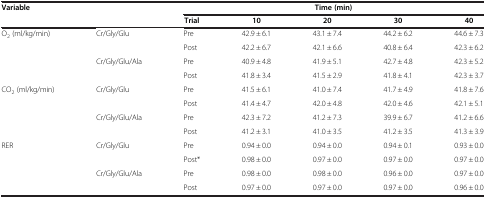
<table><thead><tr><td><b>Variable</b></td><td><b> </b></td><td colspan="5"><b>Time (min)</b></td></tr><tr><td><b> </b></td><td><b> </b></td><td><b>Trial</b></td><td><b>10</b></td><td><b>20</b></td><td><b>30</b></td><td><b>40</b></td></tr></thead><tbody><tr><td>O<sub>2</sub> (ml/kg/min)</td><td>Cr/Gly/Glu</td><td>Pre</td><td>42.9 ± 6.1</td><td>43.1 ± 7.4</td><td>44.2 ± 6.2</td><td>44.6 ± 7.3</td></tr><tr><td> </td><td> </td><td>Post</td><td>42.2 ± 6.7</td><td>42.1 ± 6.6</td><td>40.8 ± 6.4</td><td>42.3 ± 6.2</td></tr><tr><td> </td><td>Cr/Gly/Glu/Ala</td><td>Pre</td><td>40.9 ± 4.8</td><td>41.9 ± 5.1</td><td>42.7 ± 4.8</td><td>42.3 ± 5.2</td></tr><tr><td> </td><td> </td><td>Post</td><td>41.8 ± 3.4</td><td>41.5 ± 2.9</td><td>41.8 ± 4.1</td><td>42.3 ± 3.7</td></tr><tr><td>CO<sub>2</sub> (ml/kg/min)</td><td>Cr/Gly/Glu</td><td>Pre</td><td>41.5 ± 6.1</td><td>41.0 ± 7.4</td><td>41.7 ± 4.9</td><td>41.8 ± 7.6</td></tr><tr><td> </td><td> </td><td>Post</td><td>41.4 ± 4.7</td><td>42.0 ± 4.8</td><td>42.0 ± 4.6</td><td>42.1 ± 5.1</td></tr><tr><td> </td><td>Cr/Gly/Glu/Ala</td><td>Pre</td><td>42.3 ± 7.2</td><td>41.2 ± 7.3</td><td>39.9 ± 6.7</td><td>41.2 ± 6.6</td></tr><tr><td> </td><td> </td><td>Post</td><td>41.2 ± 3.1</td><td>41.0 ± 3.5</td><td>41.2 ± 3.5</td><td>41.3 ± 3.9</td></tr><tr><td>RER</td><td>Cr/Gly/Glu</td><td>Pre</td><td>0.94 ± 0.0</td><td>0.94 ± 0.0</td><td>0.94 ± 0.1</td><td>0.93 ± 0.0</td></tr><tr><td> </td><td> </td><td>Post*</td><td>0.98 ± 0.0</td><td>0.97 ± 0.0</td><td>0.97 ± 0.0</td><td>0.97 ± 0.0</td></tr><tr><td> </td><td>Cr/Gly/Glu/Ala</td><td>Pre</td><td>0.98 ± 0.0</td><td>0.98 ± 0.0</td><td>0.96 ± 0.0</td><td>0.97 ± 0.0</td></tr><tr><td> </td><td> </td><td>Post</td><td>0.97 ± 0.0</td><td>0.97 ± 0.0</td><td>0.97 ± 0.0</td><td>0.96 ± 0.0</td></tr></tbody></table>